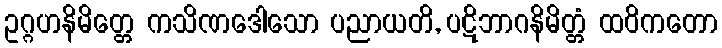
ဥဂ္ဂဟနိမိတ္တေ ကသိဏဒေါသော ပညာယတိ, ပဋိဘာဂနိမိတ္တံ ထဝိကတော